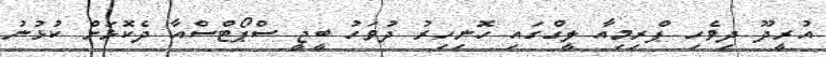
އުރީދޫ ދިވެހި ޕްރިމިއާ ލީގްގައި ހޮނިހިރު ދުވަހު ބީޖީ ސްޕޯޓްސްއާ ދެކޮޅަށް ކުޅުނު